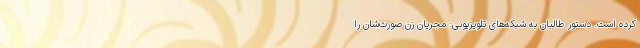
کرده است. دستور طالبان به شبکه‌های تلویزیونی: مجریان زن صورت‌شان را